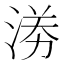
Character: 𭰼